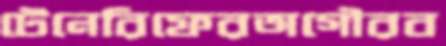
টেনেরিফেরঅগৌরব